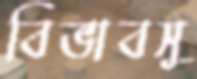
বিভাবসু